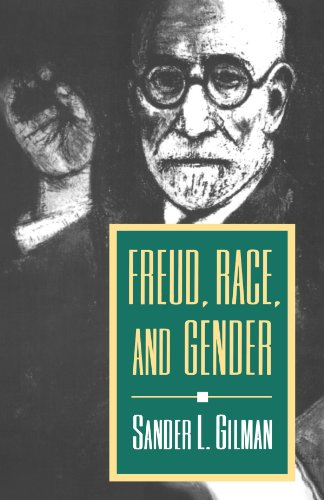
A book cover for Freud, Race, and Gender; Sander L. Gilman; Medical Books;